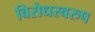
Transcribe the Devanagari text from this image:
विरोधस्वरुप